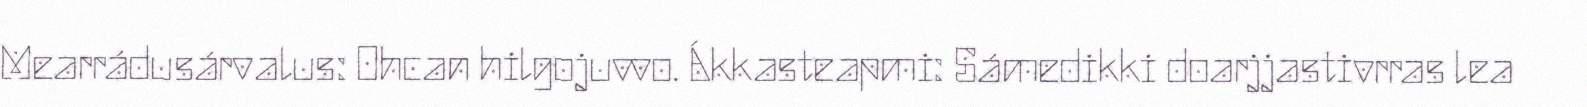
Mearrádusárvalus: Ohcan hilgojuvvo. Ákkasteapmi: Sámedikki doarjjastivrras lea